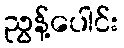
ညွန့်ပေါင်း